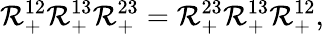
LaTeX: \mathcal{R}_{+}^{12}\mathcal{R}_{+}^{13}\mathcal{R}_{+}^{23}=\mathcal{R}_{+}^{23}\mathcal{R}_{+}^{13}\mathcal{R}_{+}^{12},